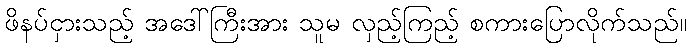
ဖိနပ်ငှားသည့် အဒေါ်ကြီးအား သူမ လှည့်ကြည့် စကားပြောလိုက်သည်။